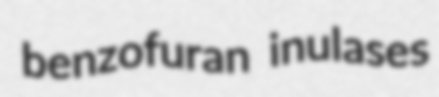
benzofuran inulases